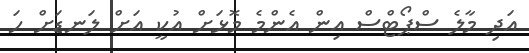
އަދި މާލެ ސްޕޯޓްސް އިން އެންމެ މޮޅަށް އުކީ އަށް ލަނޑަށް ހަ